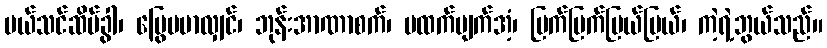
ပယ်သင်ဆိပ်ခွါ၊ မြွေပမာလျှင်၊ ဘုန်းအာဏာစက်၊ မထက်မျက်အံ့၊ ပြက်ပြက်ပြယ်ပြယ်၊ ကဲ့ရဲ့ဘွယ်သည်။